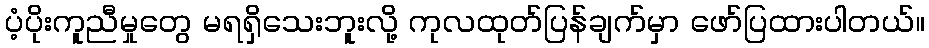
ပံ့ပိုးကူညီမှုတွေ မရရှိသေးဘူးလို့ ကုလထုတ်ပြန်ချက်မှာ ဖော်ပြထားပါတယ်။